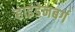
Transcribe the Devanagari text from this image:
हाइंडेनबर्ग